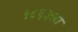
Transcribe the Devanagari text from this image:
१८६३ला